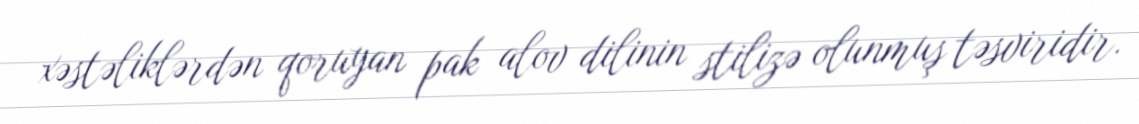
xəstəliklərdən qoruyan pak alov dilinin stilizə olunmuş təsviridir.